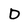
Character: D